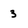
Character: 3